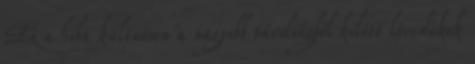
Ez a hiba különösen a nagyobb távolságból kilőtt lövedékek